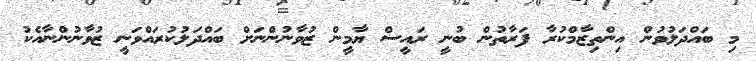
މި ބައްދަލުވުން އިންތިޒާމްކުރާ ފަރާތުން ބުނީ ރައީސް ޔާމީން ޒުވާނުންނަށް ބައްދަލުކުރައްވަނީ ޒުވާނުންނާއެކު